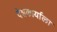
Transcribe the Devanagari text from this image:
देशकार्याला